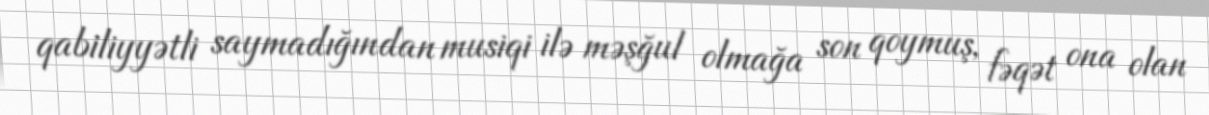
qabiliyyətli saymadığından musiqi ilə məşğul olmağa son qoymuş, fəqət ona olan